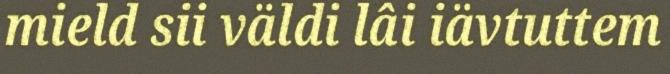
mield sii väldi lâi iävtuttem